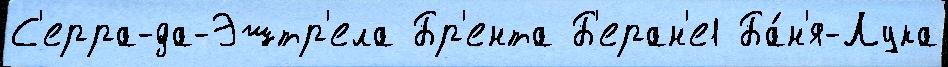
С'ерра-да-Эштр'ела Бр'ента Б'еран'е1 Ба́н'я-Лука